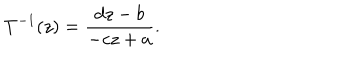
T ^ { - 1 } ( z ) = \frac { d z - b } { - c z + a } .